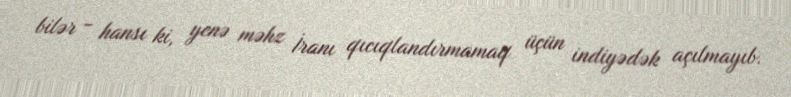
bilər - hansı ki, yenə məhz İranı qıcıqlandırmamaq üçün indiyədək açılmayıb.